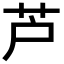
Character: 芦